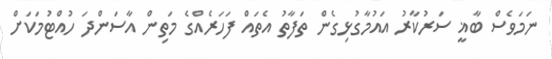
ނަމަވެސް ބާޣީ ސަރުކާރު އައުމާގުޅިގެން ތަފާތު އެތައް ފަހަރެއްގެ މަތިން އާސަންދަ ހުއްޓުމަކަށް